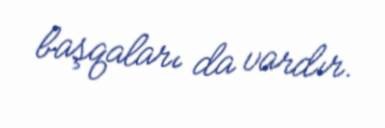
başqaları da vardır.